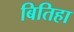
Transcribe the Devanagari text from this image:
बितिहा